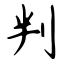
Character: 判